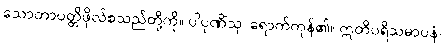
သောတာပတ္တိဖိုလ်စသည်တို့ကို။ ပါပုဏိံသု၊ ရောက်ကုန်၏။ ဣတိပရိသမာပနံ၊